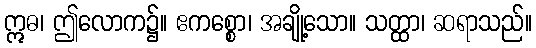
ဣဓ၊ ဤလောက၌။ ဧကစ္စော၊ အချို့သော။ သတ္ထာ၊ ဆရာသည်။